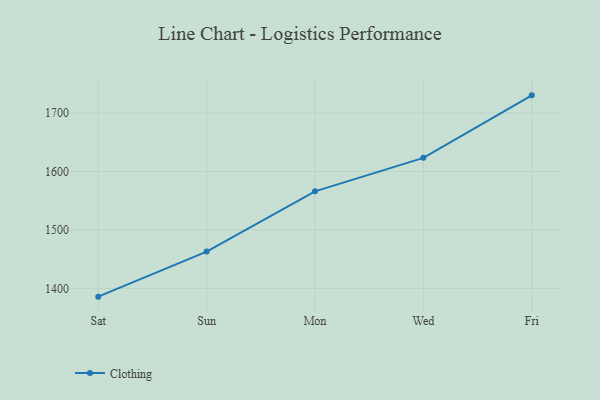
{"axis": {"x": "Day", "y": "Shipments"}, "legend": ["Clothing"], "data": [{"x": "Sat", "y": 1385.9, "type": "Clothing"}, {"x": "Sun", "y": 1463.0, "type": "Clothing"}, {"x": "Mon", "y": 1566.0, "type": "Clothing"}, {"x": "Wed", "y": 1623.3, "type": "Clothing"}, {"x": "Fri", "y": 1730.2, "type": "Clothing"}]}